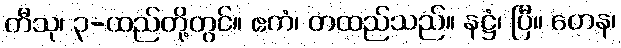
တီသု၊ ၃-ထည်တို့တွင်။ ဧကံ၊ တထည်သည်။ နဋ္ဌံ၊ ပြီ။ တေန၊